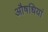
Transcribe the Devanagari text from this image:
औषधियां